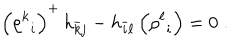
LaTeX: \Bigl ( { \rho ^ { k } } _ { i } \Bigr ) ^ { + } \, h _ { \bar { k } j } - h _ { \bar { i } \ell } \, \Bigl ( { \rho ^ { \ell } } _ { i } \Bigr ) = 0 \; .